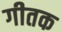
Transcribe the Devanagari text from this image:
गीतक